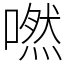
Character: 嘫